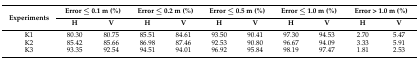
<table><thead><tr><td rowspan="2"><b>Experiments</b></td><td colspan="2"><b>Error ≤ 0.1 m (%)</b></td><td colspan="2"><b>Error ≤ 0.2 m (%)</b></td><td colspan="2"><b>Error ≤ 0.5 m (%)</b></td><td colspan="2"><b>Error ≤ 1.0 m (%)</b></td><td colspan="2"><b>Error &gt; 1.0 m (%)</b></td></tr><tr><td><b>H</b></td><td><b>V</b></td><td><b>H</b></td><td><b>V</b></td><td><b>H</b></td><td><b>V</b></td><td><b>H</b></td><td><b>V</b></td><td><b>H</b></td><td><b>V</b></td></tr></thead><tbody><tr><td>K1</td><td>80.30</td><td>80.75</td><td>85.51</td><td>84.61</td><td>93.50</td><td>90.41</td><td>97.30</td><td>94.53</td><td>2.70</td><td>5.47</td></tr><tr><td>K2</td><td>85.42</td><td>85.66</td><td>86.98</td><td>87.46</td><td>92.53</td><td>90.80</td><td>96.67</td><td>94.09</td><td>3.33</td><td>5.91</td></tr><tr><td>K3</td><td>93.35</td><td>92.54</td><td>94.51</td><td>94.01</td><td>96.92</td><td>95.84</td><td>98.19</td><td>97.47</td><td>1.81</td><td>2.53</td></tr></tbody></table>